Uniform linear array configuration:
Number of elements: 64
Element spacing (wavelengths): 0.25
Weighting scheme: cosine
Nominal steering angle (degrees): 15
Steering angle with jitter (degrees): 16.979
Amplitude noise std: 0.05
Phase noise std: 0.05

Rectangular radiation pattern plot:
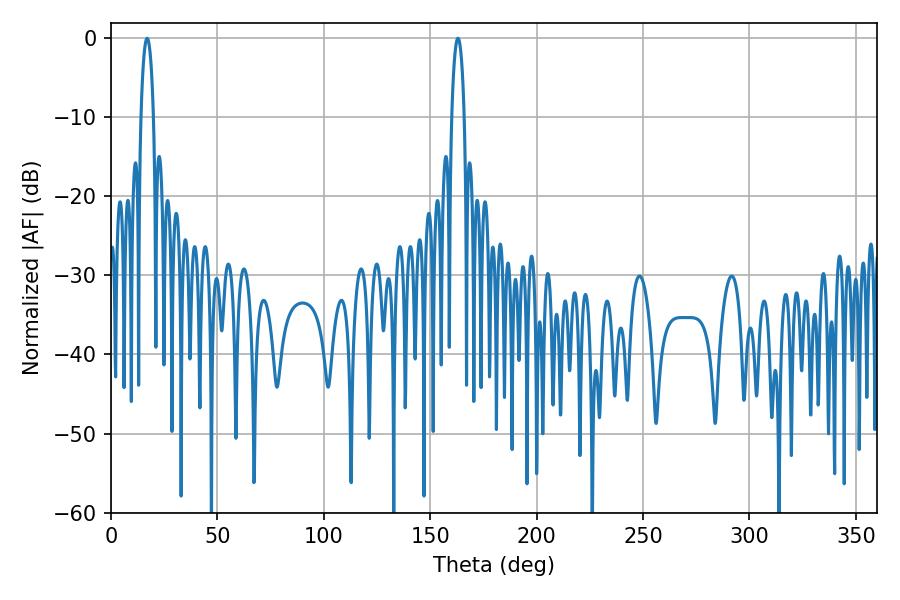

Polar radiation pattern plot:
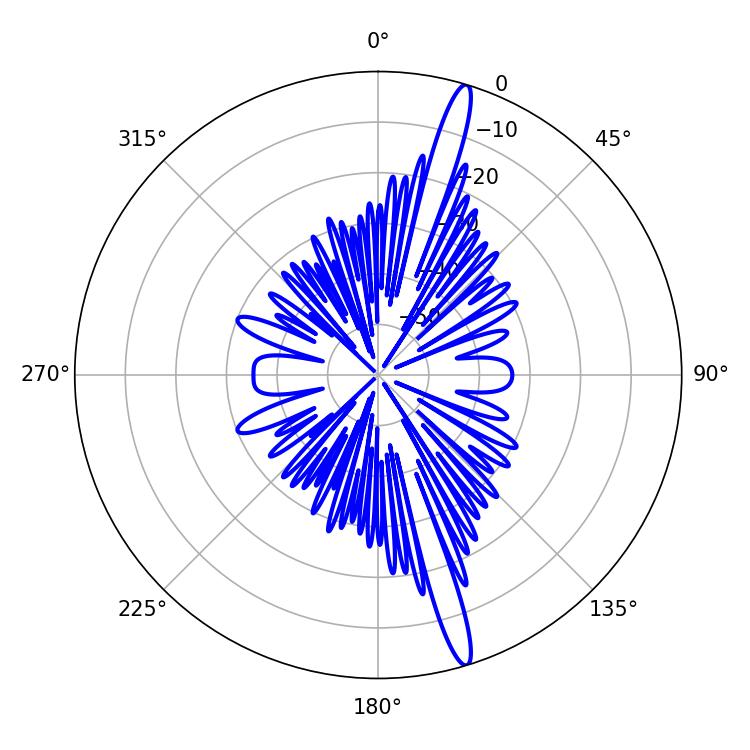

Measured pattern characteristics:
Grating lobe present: FALSE
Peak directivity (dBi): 17.167
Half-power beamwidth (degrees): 3.42
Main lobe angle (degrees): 16.92